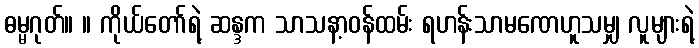
ဓမ္မဂုတ်။ ။ ကိုယ်တော်ရဲ့ ဆန္ဒက သာသနာ့ဝန်ထမ်း ရဟန်းသာမဏေဟူသမျှ လူများရဲ့